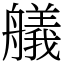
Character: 艤